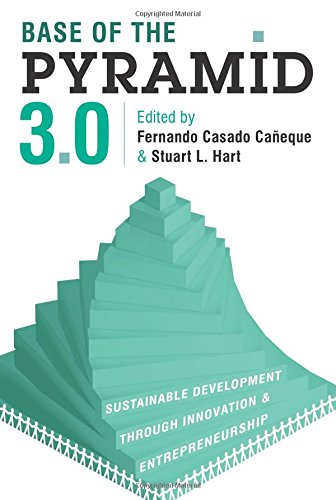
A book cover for Base of the Pyramid 3.0: Sustainable Development Through Innovation and Entrepreneurship; Business & Money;